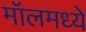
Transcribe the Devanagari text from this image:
मॉलमध्ये